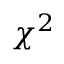
\chi ^ { 2 }